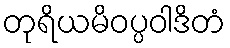
တုရိယမိဝပ္ပဝါဒိတံ